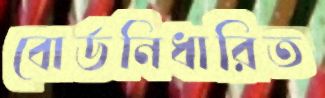
বোর্ডনিধারিত